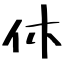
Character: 休